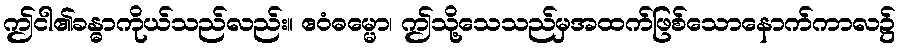
ဤငါ၏ခန္ဓာကိုယ်သည်လည်း။ ဧဝံဓမ္မော၊ ဤသို့သေသည်မှအထက်ဖြစ်သောနောက်ကာလ၌